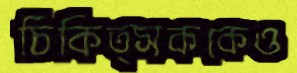
চিকিত্সককেও